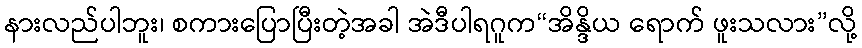
နားလည်ပါဘူး၊ စကားပြောပြီးတဲ့အခါ အဲဒီပါရဂူက“အိန္ဒိယ ရောက် ဖူးသလား”လို့